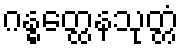
ဂန္ဓတ္ထေနသုတ္တံ